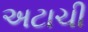
અટાચી